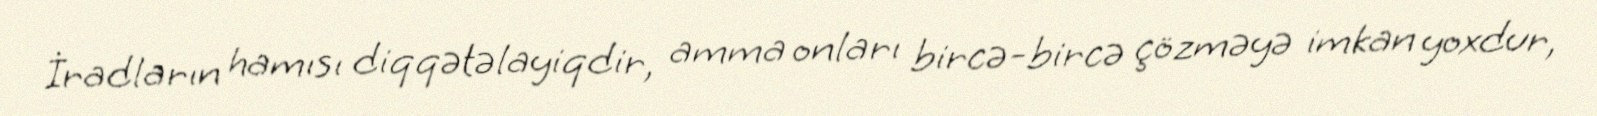
İradların hamısı diqqətəlayiqdir, amma onları bircə-bircə çözməyə imkan yoxdur,